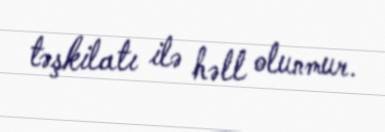
təşkilatı ilə həll olunmur.